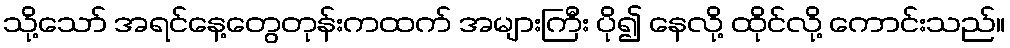
သို့သော် အရင်နေ့တွေတုန်းကထက် အများကြီး ပို၍ နေလို့ ထိုင်လို့ ကောင်းသည်။